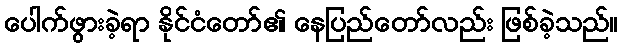
ပေါက်ဖွားခဲ့ရာ နိုင်ငံတော်၏ နေပြည်တော်လည်း ဖြစ်ခဲ့သည်။